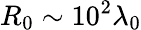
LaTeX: R_{0}\sim 10^{2}\lambda_{0}